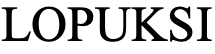
LOPUKSI